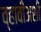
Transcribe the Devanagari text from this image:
व्हावीअशी